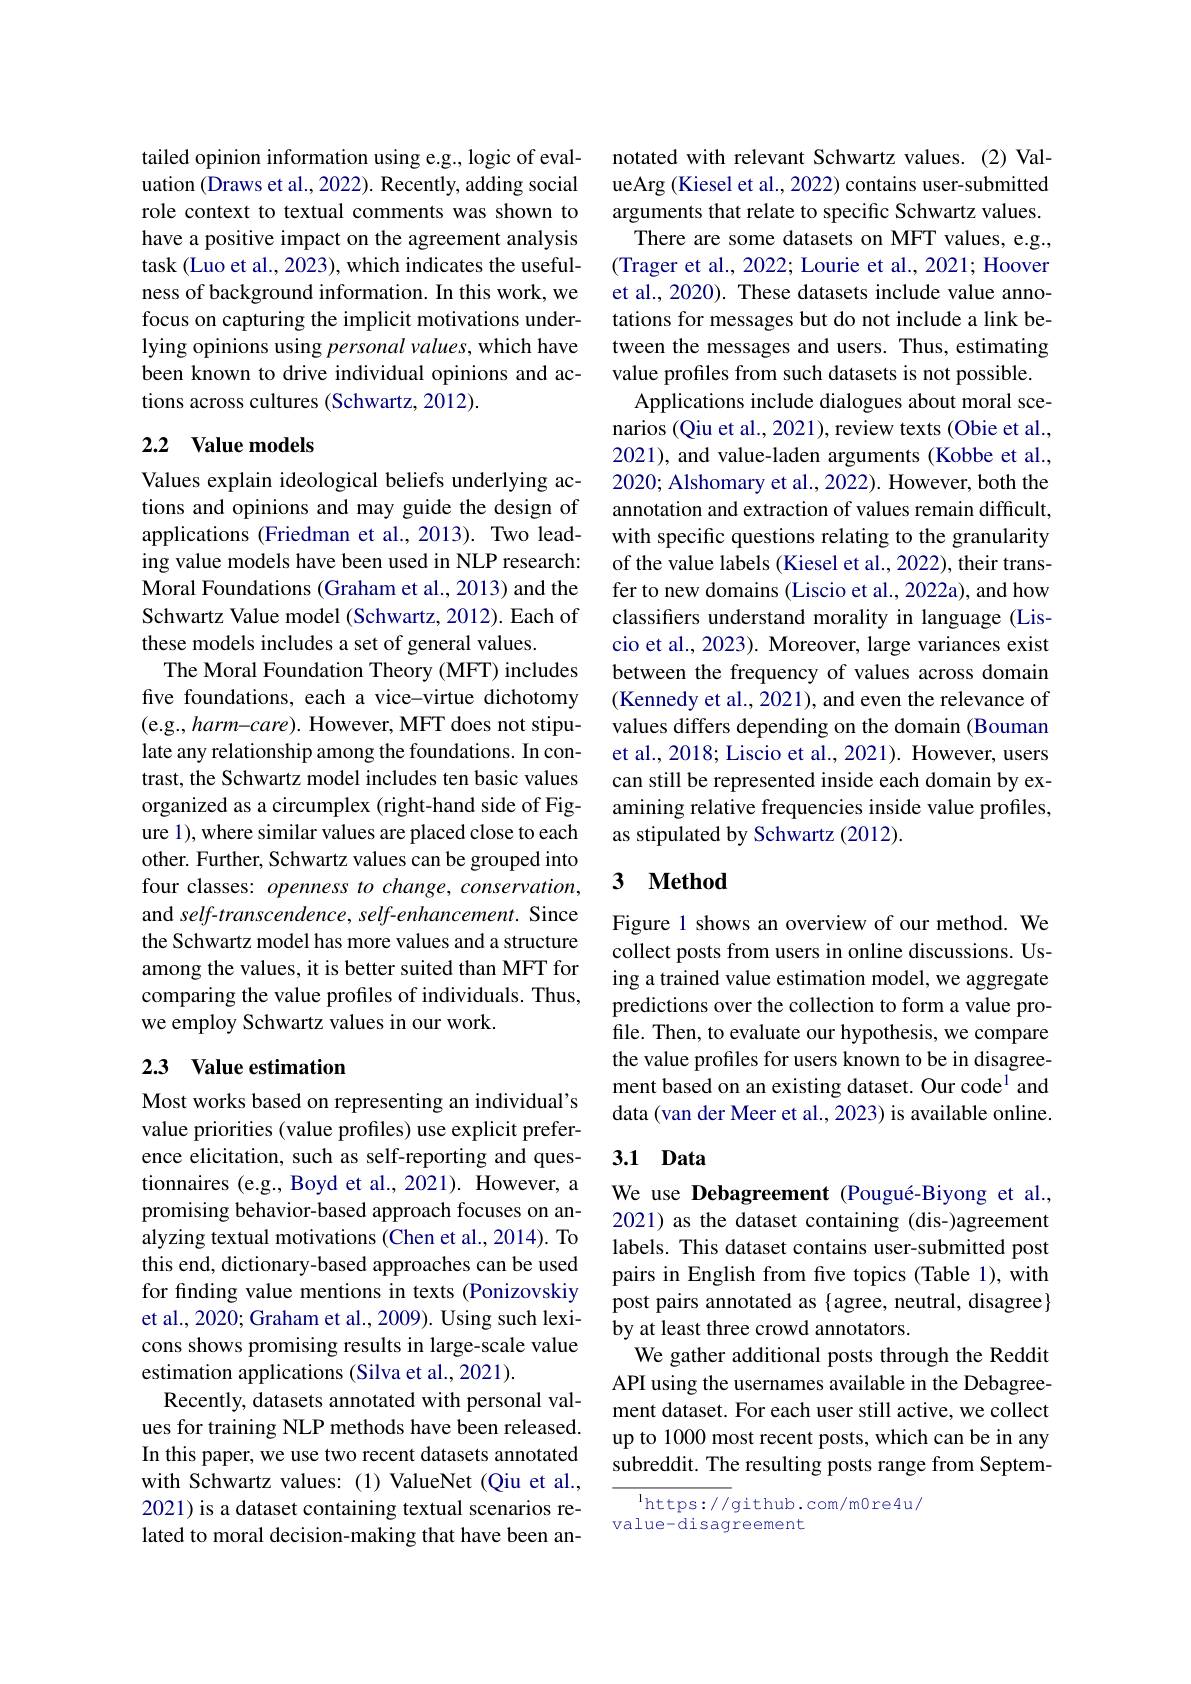
tailed opinion information using e.g., logic of evaluation (Draws et al., 2022). Recently, adding social role context to textual comments was shown to have a positive impact on the agreement analysis task (Luo et al., 2023), which indicates the usefulness of background information. In this work, we focus on capturing the implicit motivations underlying opinions using personal values, which have been known to drive individual opinions and actions across cultures (Schwartz, 2012).

### 2.2 Value models

Values explain ideological beliefs underlying actions and opinions and may guide the design of applications (Friedman et al., 2013). Two leading value models have been used in NLP research: Moral Foundations (Graham et al., 2013) and the Schwartz Value model (Schwartz, 2012). Each of these models includes a set of general values.
The Moral Foundation Theory (MFT) includes five foundations, each a vice-virtue dichotomy (e.g., harm-care). However, MFT does not stipulate any relationship among the foundations. In contrast, the Schwartz model includes ten basic values organized as a circumplex (right-hand side of Figure 1), where similar values are placed close to each other. Further, Schwartz values can be grouped into four classes: openness to change, conservation, and self-transcendence, self-enhancement. Since the Schwartz model has more values and a structure among the values, it is better suited than MFT for comparing the value profiles of individuals. Thus, we employ Schwartz values in our work.

## 2.3 Value estimation

Most works based on representing an individual's value priorities (value profiles) use explicit preference elicitation, such as self-reporting and questionnaires (e.g., Boyd et al., 2021). However, a promising behavior-based approach focuses on analyzing textual motivations (Chen et al., 2014). To this end, dictionary-based approaches can be used for finding value mentions in texts (Ponizovskiy et al., 2020; Graham et al., 2009). Using such lexicons shows promising results in large-scale value estimation applications (Silva et al., 2021).
Recently, datasets annotated with personal values for training NLP methods have been released. In this paper, we use two recent datasets annotated with Schwartz values: (1) ValueNet (Qiu et al., 2021) is a dataset containing textual scenarios related to moral decision-making that have been an-

notated with relevant Schwartz values. (2)ValueArg (Kiesel et al., 2022) contains user-submitted arguments that relate to specific Schwartz values. There are some datasets on MFT values, e.g., (Trager et al., 2022; Lourie et al., 2021; Hoover et al., 2020). These datasets include value annotations for messages but do not include a link between the messages and users. Thus, estimating value profiles from such datasets is not possible.
Applications include dialogues about moral scenarios (Qiu et al., 2021), review texts (Obie et al., 2021), and value-laden arguments (Kobbe et al., 2020; Alshomary et al., 2022). However, both the annotation and extraction of values remain difficult, with specific questions relating to the granularity of the value labels (Kiesel et al., 2022), their transfer to new domains (Liscio et al., 2022a), and how classifiers understand morality in language (Liscio et al., 2023). Moreover, large variances exist between the frequency of values across domain (Kennedy et al., 2021), and even the relevance of values differs depending on the domain (Bouman et al., 2018; Liscio et al., 2021). However, users can still be represented inside each domain by examining relative frequencies inside value profiles, as stipulated by Schwartz (2012).

## 3 $\textbf{Method}$

Figure 1 shows an overview of our method. We collect posts from users in online discussions. Using a trained value estimation model, we aggregate predictions over the collection to form a value profile. Then, to evaluate our hypothesis, we compare the value profiles for users known to be in disagreement based on an existing dataset. Our code$^{1}$ and data (van der Meer et al., 2023) is available online.

## 3.1 Data

We use Debagreement (Pougué-Biyong et al., 2021) as the dataset containing (dis-)agreement labels. This dataset contains user-submitted post pairs in English from fve topics (Table 1), with post pairs annotated as {agree, neutral, disagree} by at least three crowd annotators.
We gather additional posts through the Reddit API using the usernames available in the Debagreement dataset. For each user still active, we collect up to 1000 most recent posts, which can be in any subreddit. The resulting posts range from Septem-

$^{1}$https://github.com/m0re4u/
value-disagreement